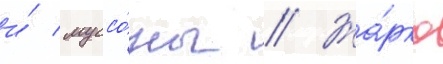
и́ муссо́ны // Жа́рко